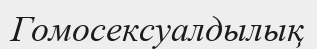
Гомосексуалдылық